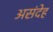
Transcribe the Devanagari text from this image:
असंदेह